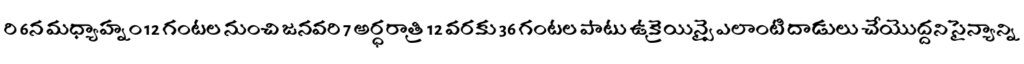
రి 6న మధ్యాహ్నం 12 గంటల నుంచి జనవరి 7 అర్ధరాత్రి 12 వరకు 36 గంటల పాటు ఉక్రెయిన్పై ఎలాంటి దాడులు చేయొద్దని సైన్యాన్ని